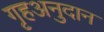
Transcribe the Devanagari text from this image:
गृहअनुदान